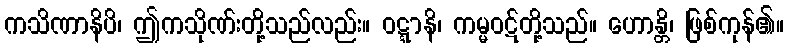
ကသိဏာနိပိ၊ ဤကသိုဏ်းတို့သည်လည်း။ ဝဋ္ဋာနိ၊ ကမ္မဝဋ်တို့သည်။ ဟောန္တိ၊ ဖြစ်ကုန်၏။